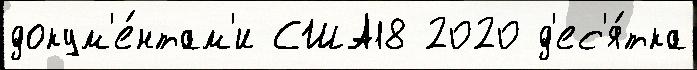
докум'е́нтам'и США18 2020 д'ес'я́тка